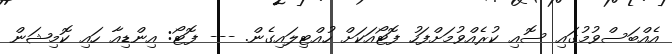
އެއްބަސްވުމުގައި ސޮއި ކުރެއްވުމަށްފަހު ފޮޓޯއަކަށް ހުއްޓިލައިގެން. --- ފޮޓޯ: އިންޑިއާ ހައި ކޮމިޝަން